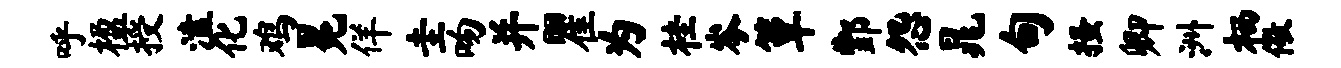
呼楹授溘化鸡冕佯圭吻并瞿为桂岑簟酆怨晁甸搔卿洲栖儆